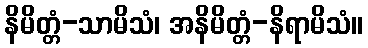
နိမိတ္တံ-သာမိသံ၊ အနိမိတ္တံ-နိရာမိသံ။